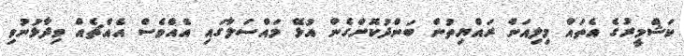
ކަޝްމީރުގެ އެތައް މިލިއަން ރައްޔިތުން ބަންދުކޮށްގެން އުޅޭ މައްސަލާގައި އެއްވެސް އެއްޗެއް ވިދާޅުނުވި